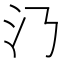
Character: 𣱴